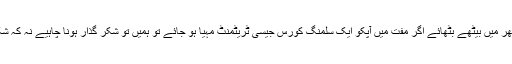
اس طرح گھر میں بیٹھے بٹھائے اگر مفت میں آپکو ایک سلمنگ کورس جیسی ٹریٹمنٹ مہیّا ہو جائے تو ہمیں تو شکر گذار ہونا چاہیے نہ کہ شکایت گذار ۔